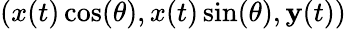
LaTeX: (x(t)\cos(\theta),x(t)\sin(\theta),\mathbf{y}(t))